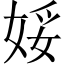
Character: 娞